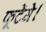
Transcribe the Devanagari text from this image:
फूटेंगे।